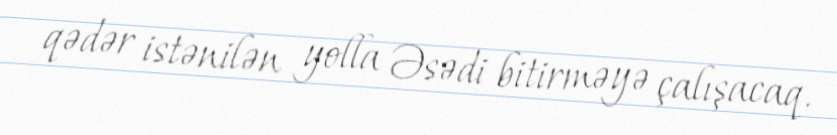
qədər istənilən yolla Əsədi bitirməyə çalışacaq.